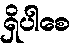
ရှိပါစေ